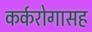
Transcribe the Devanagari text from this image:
कर्करोगासह